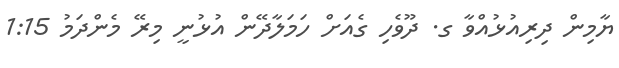
ޔާމިން ދިރިއުޅުއްވާ ގ. ދޫވެހި ގެއަށް ހަމަލާދޭން އުޅުނީ މިރޭ މެންދަމު 1:15